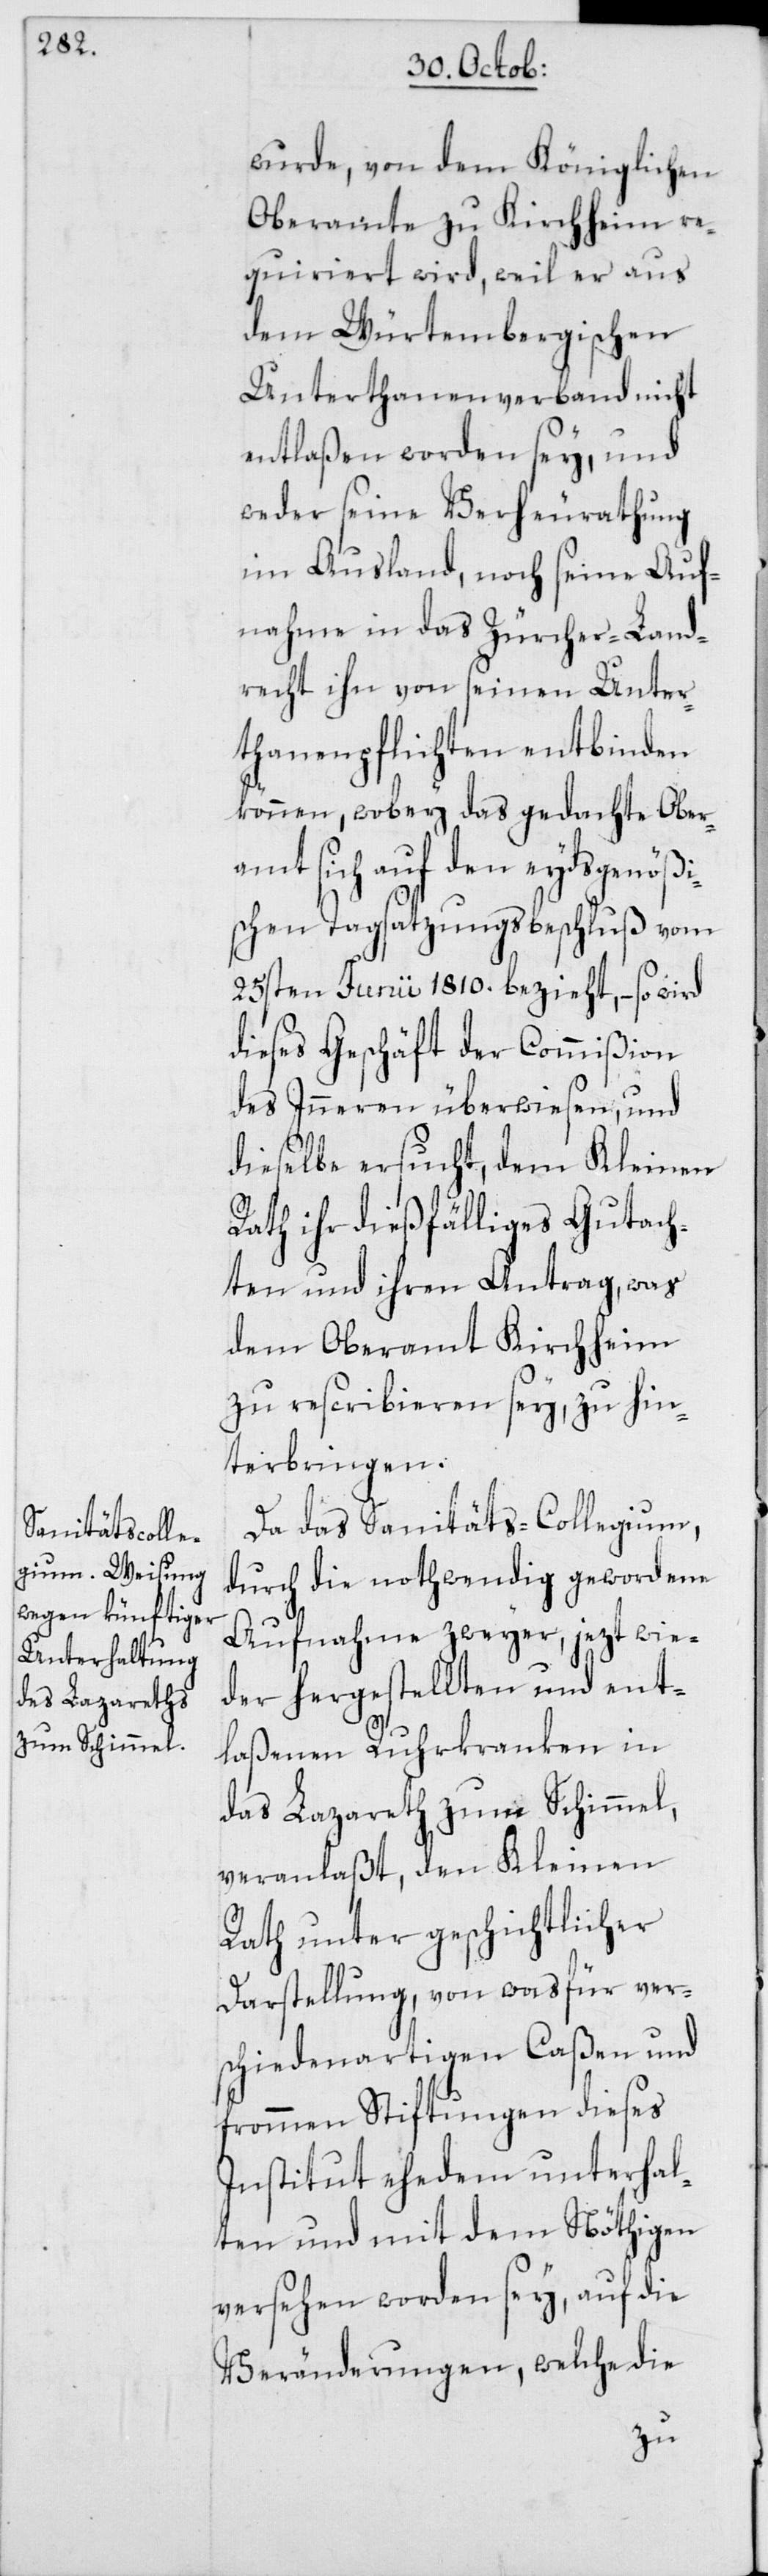
wurde, von dem Königlichen
Oberamte zu Kirchheim re¬
quiriert wird, weil er aus
dem Würtembergischen
Unterthanenverband nicht
entlaßen worden sey, und
weder seine Verheurathung
im Ausland, noch seine Auf¬
nahme in das Zürcher-Land¬
recht ihn von seinen Unter¬
thanenpflichten entbinden
können, wobey das gedachte Ober¬
amt sich auf den eydsgenößi¬
schen Tagsatzungsbeschluß vom
25sten Junii 1810. bezieht, – so wird
dieses Geschäft der Commißion
des Inneren überwiesen, und
dieselbe ersucht, dem Kleinen
Rath ihr dießfälliges Gutach¬
ten und ihren Antrag, was
dem Oberamt Kirchheim
zu rescribieren sey, zu hin¬
terbringen.
Da das Sanitäts-Collegium,
durch die nothwendig gewordene
Aufnahme zweyer, jezt wie¬
der hergestellten und ent¬
laßenen Ruhrkranken in
das Lazareth zum Schimmel,
veranlaßt, den Kleinen
Rath unter geschichtlicher
Darstellung, von wasfür ver¬
schiedenartigen Caßen und
frommen Stiftungen dieses
Institut ehedem unterhal¬
ten und mit dem Nöthigen
versehen worden sey, auf die
Veränderungen, welche die